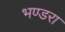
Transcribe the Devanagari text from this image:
भण्डरा